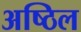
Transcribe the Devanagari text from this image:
अष्ठिल